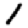
Digit: 1